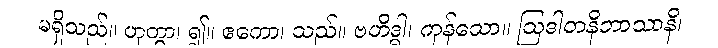
မရှိသည်။ ဟုတွာ၊ ၍။ ဧကော၊ သည်။ ဗဟိဒ္ဓါ၊ ကုန်သော။ ဩဒါတနိဘာသာနိ၊